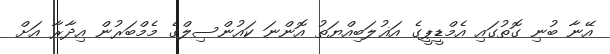
އޭނާ ބުނި ގޮތުގައި އެމްޑީޕީގެ އަޣުލަބިއްޔަތު އޮންނަ ކައުންސިލްގެ މެމްބަރުން އިދާރާ އަށް